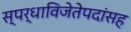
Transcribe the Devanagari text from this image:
स्पर्धाविजेतेपदांसह